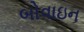
બોવાઇન